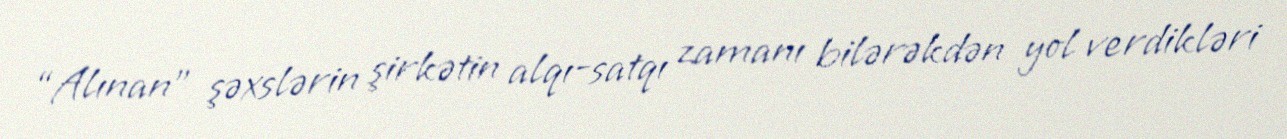
“Alınan” şəxslərin şirkətin alqı-satqı zamanı bilərəkdən yol verdikləri